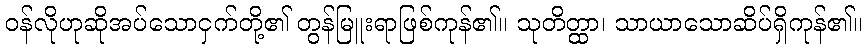
ဝန်လိုဟုဆိုအပ်သောငှက်တို့၏ တွန်မြူးရာဖြစ်ကုန်၏။ သုတိတ္ထာ၊ သာယာသောဆိပ်ရှိကုန်၏။